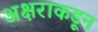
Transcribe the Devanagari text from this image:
अक्षराकडून